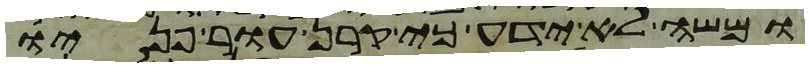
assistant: ומשה לא ידע כי קרן עור פניו